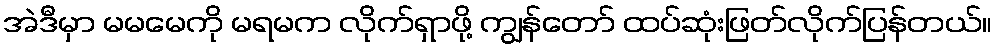
အဲဒီမှာ မမမေကို မရမက လိုက်ရှာဖို့ ကျွန်တော် ထပ်ဆုံးဖြတ်လိုက်ပြန်တယ်။